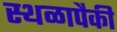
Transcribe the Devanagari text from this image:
स्थळापैकी